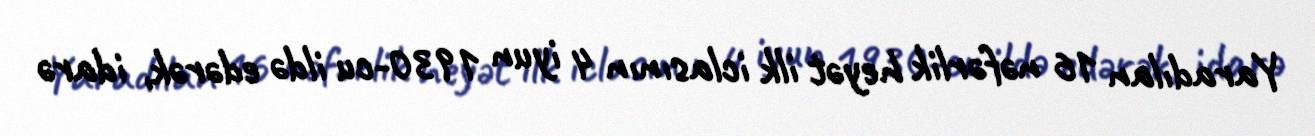
Yaradılan 16 nəfərlik heyət ilk iclasının 4 iyun 1930-cu ildə edərək, idarə